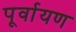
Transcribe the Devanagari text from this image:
पूर्वायण